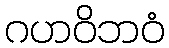
ဂဟဝိဘဝံ